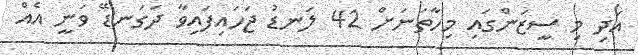
އަދި މި ސީޒަންގައި މިހާތަނަށް 42 ލަނޑު ޖަހައިފައިވާ ދަގަނޑޭ ވަނީ އެއް